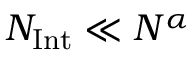
N _ { \mathrm { I n t } } \ll { N ^ { \alpha } }